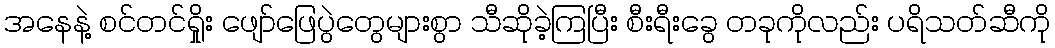
အနေနဲ့ စင်တင်ရှိုး ဖျော်ဖြေပွဲတွေများစွာ သီဆိုခဲ့ကြပြီး စီးရီးခွေ တခုကိုလည်း ပရိသတ်ဆီကို